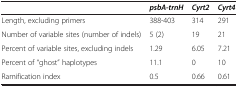
<table><thead><tr><td><b> </b></td><td><b><i>psbA-trnH</i></b></td><td><b><i>Cyrt2</i></b></td><td><b><i>Cyrt4</i></b></td></tr></thead><tbody><tr><td>Length, excluding primers</td><td>388-403</td><td>314</td><td>291</td></tr><tr><td>Number of variable sites (number of indels)</td><td>5 (2)</td><td>19</td><td>21</td></tr><tr><td>Percent of variable sites, excluding indels</td><td>1.29</td><td>6.05</td><td>7.21</td></tr><tr><td>Percent of “ghost” haplotypes</td><td>11.1</td><td>0</td><td>10</td></tr><tr><td>Ramification index</td><td>0.5</td><td>0.66</td><td>0.61</td></tr></tbody></table>